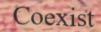
Coexist